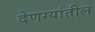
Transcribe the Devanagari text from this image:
देणग्यांतील